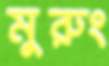
মুরুং